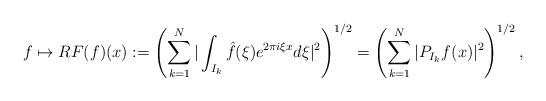
LaTeX: \begin{align*} f \mapsto RF(f)(x):= \left( \sum_{k=1}^N \vert \int_{I_k} \hat{f}(\xi) e^{2 \pi i \xi x} d \xi \vert^2 \right)^{1/2}= \left( \sum_{k=1}^N \vert P_{I_k}f(x) \vert ^2 \right)^{1/2},\end{align*}